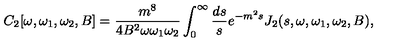
C _ { 2 } [ \omega , \omega _ { 1 } , \omega _ { 2 } , B ] = { \frac { m ^ { 8 } } { 4 B ^ { 2 } \omega \omega _ { 1 } \omega _ { 2 } } } \int _ { 0 } ^ { \infty } { \frac { d s } { s } } e ^ { - m ^ { 2 } s } J _ { 2 } ( s , \omega , \omega _ { 1 } , \omega _ { 2 } , B ) ,